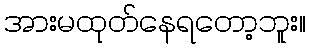
အားမထုတ်နေရတော့ဘူး။